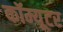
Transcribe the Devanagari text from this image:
कॉम्यूटर